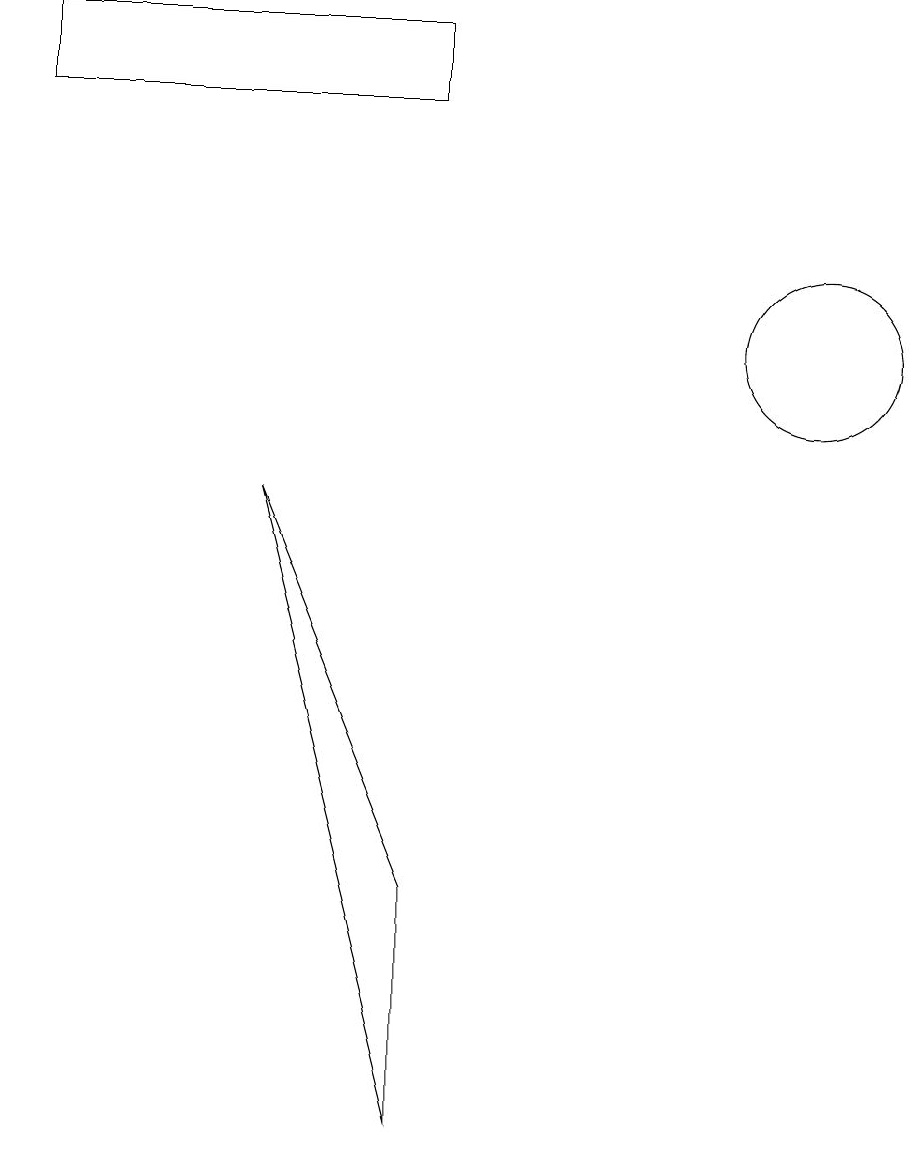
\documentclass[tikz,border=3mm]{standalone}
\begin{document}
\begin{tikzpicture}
\draw (5,0) -- (3,8) -- (5,3) -- cycle;
\draw (10,10) circle (1);
\draw (0,13) rectangle (5,14);
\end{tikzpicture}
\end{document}